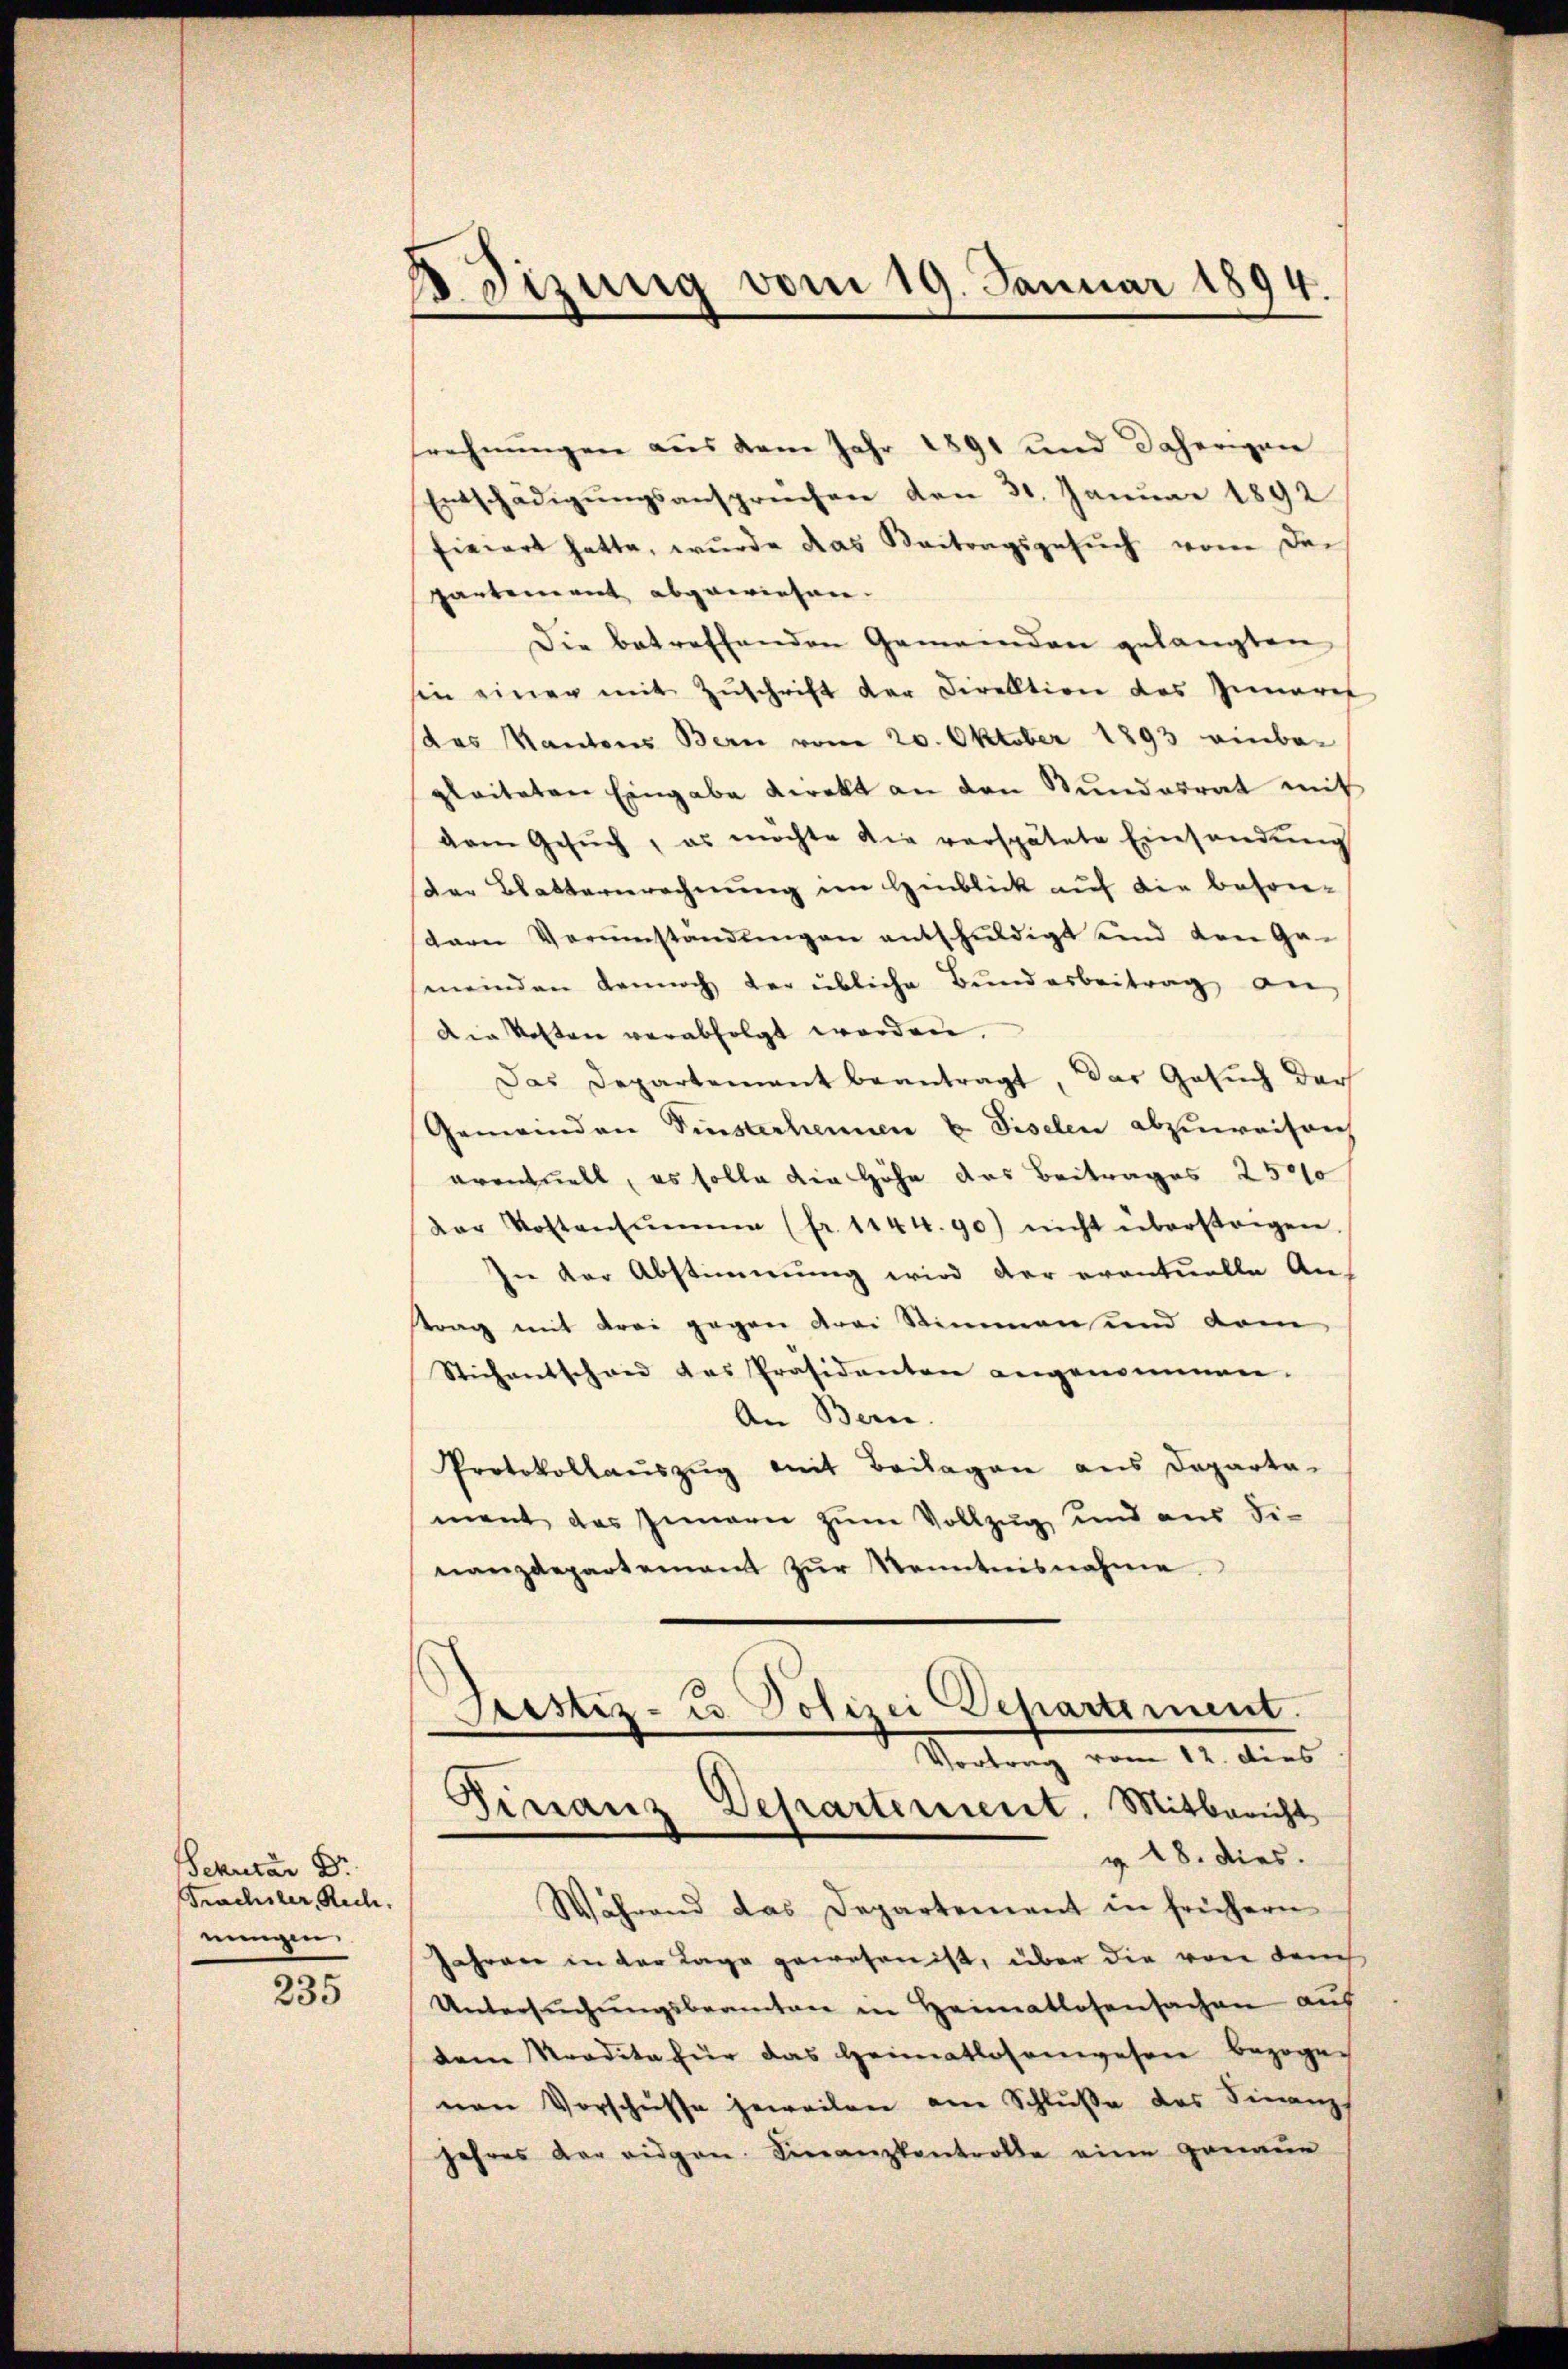
Sekretar Dr.
Frachsler, Rech
nungen.

235

Dizung vom 19. Januar 1894.

Finanz Departement. Mitbericht
z. 18. dies
Während das Departement in frühern

srechnŭngen aus dem Jahr 1891 und daherigen
Entschädigŭngsansprüchen den 31. Januar 1892
fiziert hatte, wurde das Beitragsgesŭch vom den
partement abgewiesen.
Die betreffenden Gemeinden gelangten
sen einer mit Zŭschrift der Direktion des Inneret
das Kantons Bern vom 20. Oktober 1893 einba-
gleiteten Eingabe direkt an den Stundesrat mit
dam Gesŭch, es möchte die verspätete Einsendŭng
Der Blatternrechnung im Hinblick auf die besontarn Verminstandŭngen entschuldigt und den Ga-
meinden dennoch der übliche Bundesbeitrag an
Die Kosten verabfolgt werden.
Das Departement beantragt, das Gesuch der
Gemeinden Einsterheimen & Fiselen abzuweisenh
eventuell, es solle die Höhe des Beitrages 2500
der Kostensumme (fr. 1144.90) nicht überstagen.
In der Abstimmung wird der eventuelle Auf
trag mit drei gegen drei Stimmen und vom
Stichentschwed des Präsidenten angenommen.
An Bern.
Protokollauszug mit Beilagen aus Departa-
ment das Innern zŭm Vollzug und aus Se-
nanzdepartement zŭr Kenntnisnahme.
Pcstiz-Co Polizei Departement.
Vertrag vom 11. dies

Jahren in der Lage gewesen ist, über die von dem
Untersŭchŭngsbeamten in Heimatlosensachen auf
dem Tradita für das Heimatlosenwesen bezogen
ven Vorschüsse jeweilen am Schluße des Finanz
Jahres der eidgen. Finanzkontrolle eine genaue